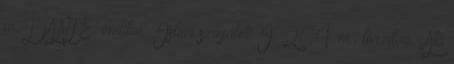
m. DANTE: említve: Isteni színjáték I 204. m., torzítva: „Aki